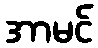
အာမင်